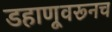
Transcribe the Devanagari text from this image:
डहाणूवरूनच